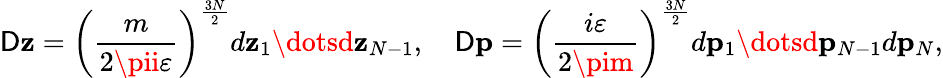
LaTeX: {\cal\mathsf{D}}{\mathbf{z}}=\left({\frac{{m}}{{2\pii\varepsilon}}}\right)^{\frac{{3N}}{{2}}}d{\mathbf{z}}_{1}\dotsd{\mathbf{z}}_{N-1},\quad{\cal\mathsf{D}}{\mathbf{p}}=\left({\frac{{i\varepsilon}}{{2\pim}}}\right)^{\frac{{3N}}{{2}}}d{\mathbf{p}}_{1}\dotsd{\mathbf{p}}_{N-1}d{\mathbf{p}}_{N},